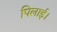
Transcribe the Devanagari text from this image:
पिलाई।